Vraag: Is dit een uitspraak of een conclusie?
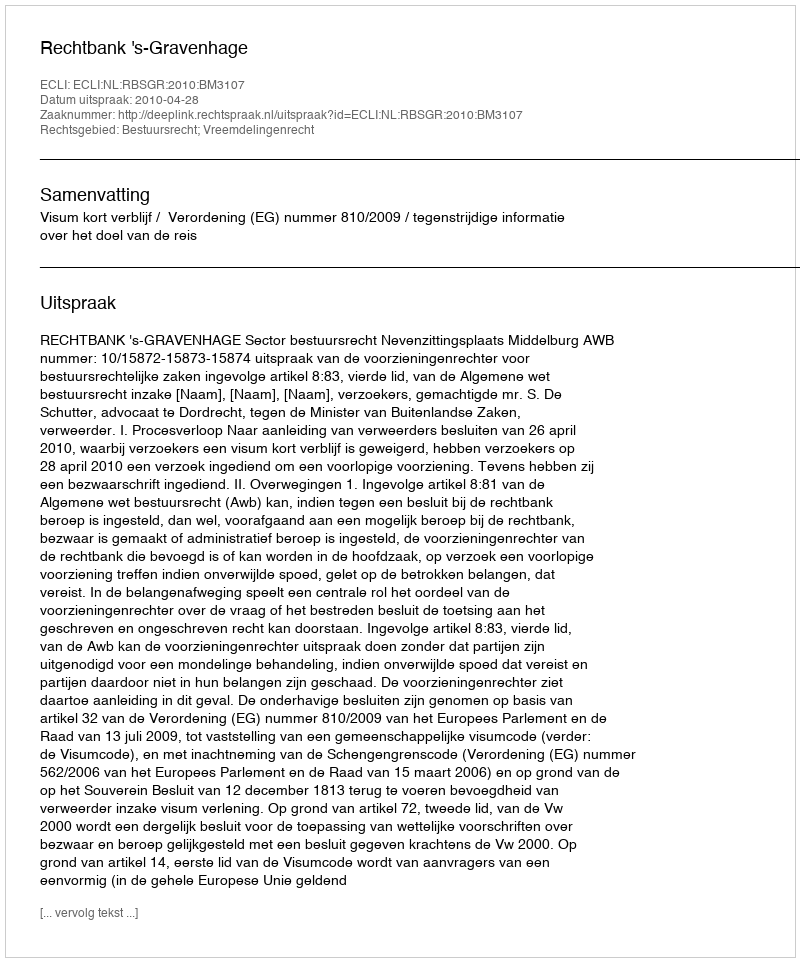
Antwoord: Uitspraak